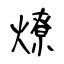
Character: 燎